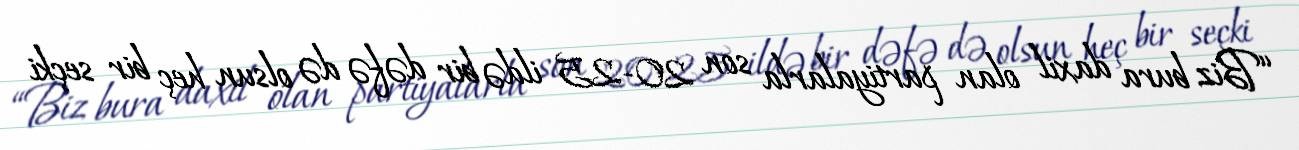
“Biz bura daxil olan partiyalarla son 20-25 ildə bir dəfə də olsun heç bir seçki